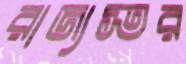
রাজ্যস্তর